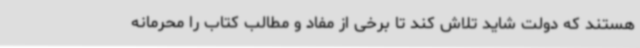
هستند که دولت شاید تلاش کند تا برخی از مفاد و مطالب کتاب را محرمانه